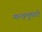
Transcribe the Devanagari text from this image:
मन्त्रभूषगो